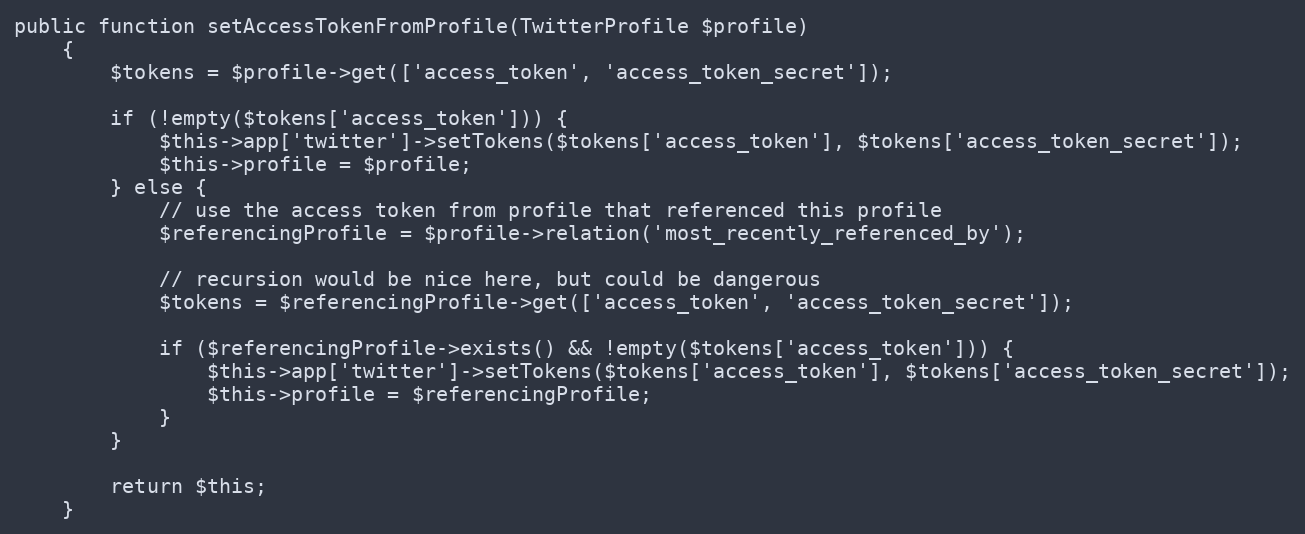
Language: PHP
public function setAccessTokenFromProfile(TwitterProfile $profile)
    {
        $tokens = $profile->get(['access_token', 'access_token_secret']);

        if (!empty($tokens['access_token'])) {
            $this->app['twitter']->setTokens($tokens['access_token'], $tokens['access_token_secret']);
            $this->profile = $profile;
        } else {
            // use the access token from profile that referenced this profile
            $referencingProfile = $profile->relation('most_recently_referenced_by');

            // recursion would be nice here, but could be dangerous
            $tokens = $referencingProfile->get(['access_token', 'access_token_secret']);

            if ($referencingProfile->exists() && !empty($tokens['access_token'])) {
                $this->app['twitter']->setTokens($tokens['access_token'], $tokens['access_token_secret']);
                $this->profile = $referencingProfile;
            }
        }

        return $this;
    }